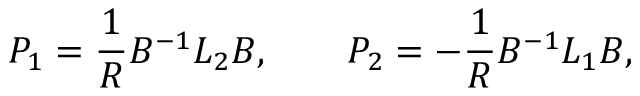
P _ { 1 } = { \frac { 1 } { R } } B ^ { - 1 } L _ { 2 } B , \qquad P _ { 2 } = - { \frac { 1 } { R } } B ^ { - 1 } L _ { 1 } B ,